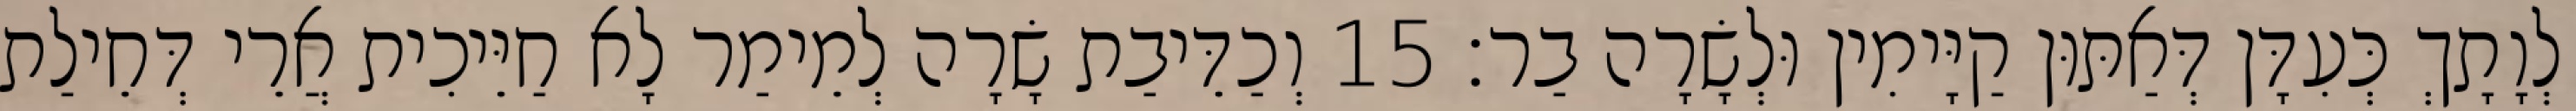
לְוָתָךְ כְּעִדָּן דְּאַתּוּן קַיָּימִין וּלְשָׂרָה בַר׃ 15 וְכַדֵּיבַת שָׂרָה לְמֵימַר לָא חַיֵּיכִית אֲרֵי דְּחֵילַת